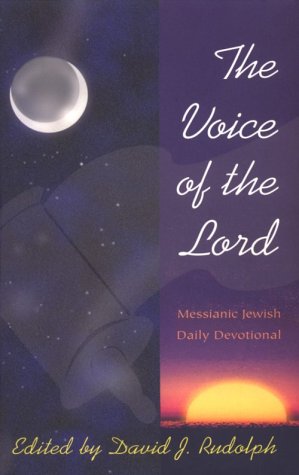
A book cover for The Voice of the Lord: Messianic Jewish Daily Devotional; David J. Rudolph; Christian Books & Bibles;